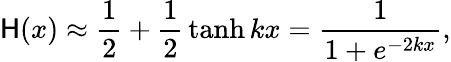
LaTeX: \mathsf{H}(x)\approx{\frac{{1}}{{2}}}+{\frac{{1}}{{2}}}\operatorname{tanh}kx={\frac{{1}}{{1+e^{-2kx}}}},